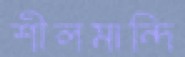
শীলমান্দি